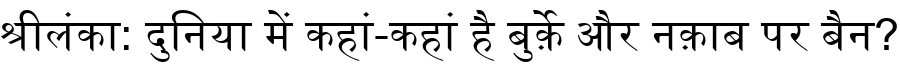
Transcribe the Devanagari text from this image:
श्रीलंका: दुनिया में कहां-कहां है बुर्क़े और नक़ाब पर बैन?